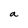
Character: a